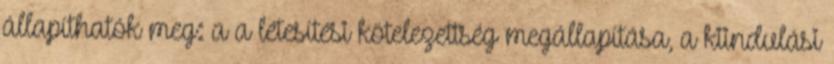
állapíthatók meg: a a létesítési kötelezettség megállapítása, a kiindulási